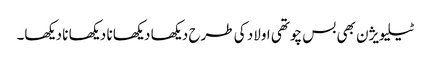
ٹیلیویژن بھی بس چوتھی اولاد کی طرح دیکھا دیکھا نا دیکھا نا دیکھا۔